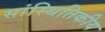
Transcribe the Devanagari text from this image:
सांस्थितिकीय